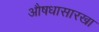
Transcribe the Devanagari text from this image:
औषधासारखा